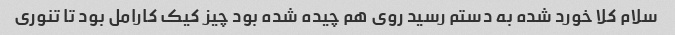
سلام کلا خورد شده به دستم رسید روی هم چیده شده بود چیز کیک کارامل بود تا تنوری